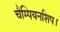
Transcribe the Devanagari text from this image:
चैम्पियनशिप।